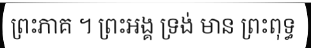
ព្រះភាគ ។ ព្រះអង្គ ទ្រង់ មាន ព្រះពុទ្ធ